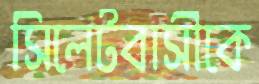
সিলেটবাসীকে